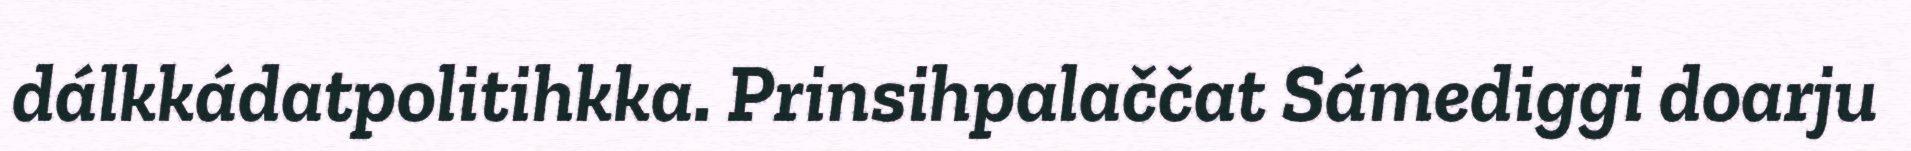
dálkkádatpolitihkka. Prinsihpalaččat Sámediggi doarju